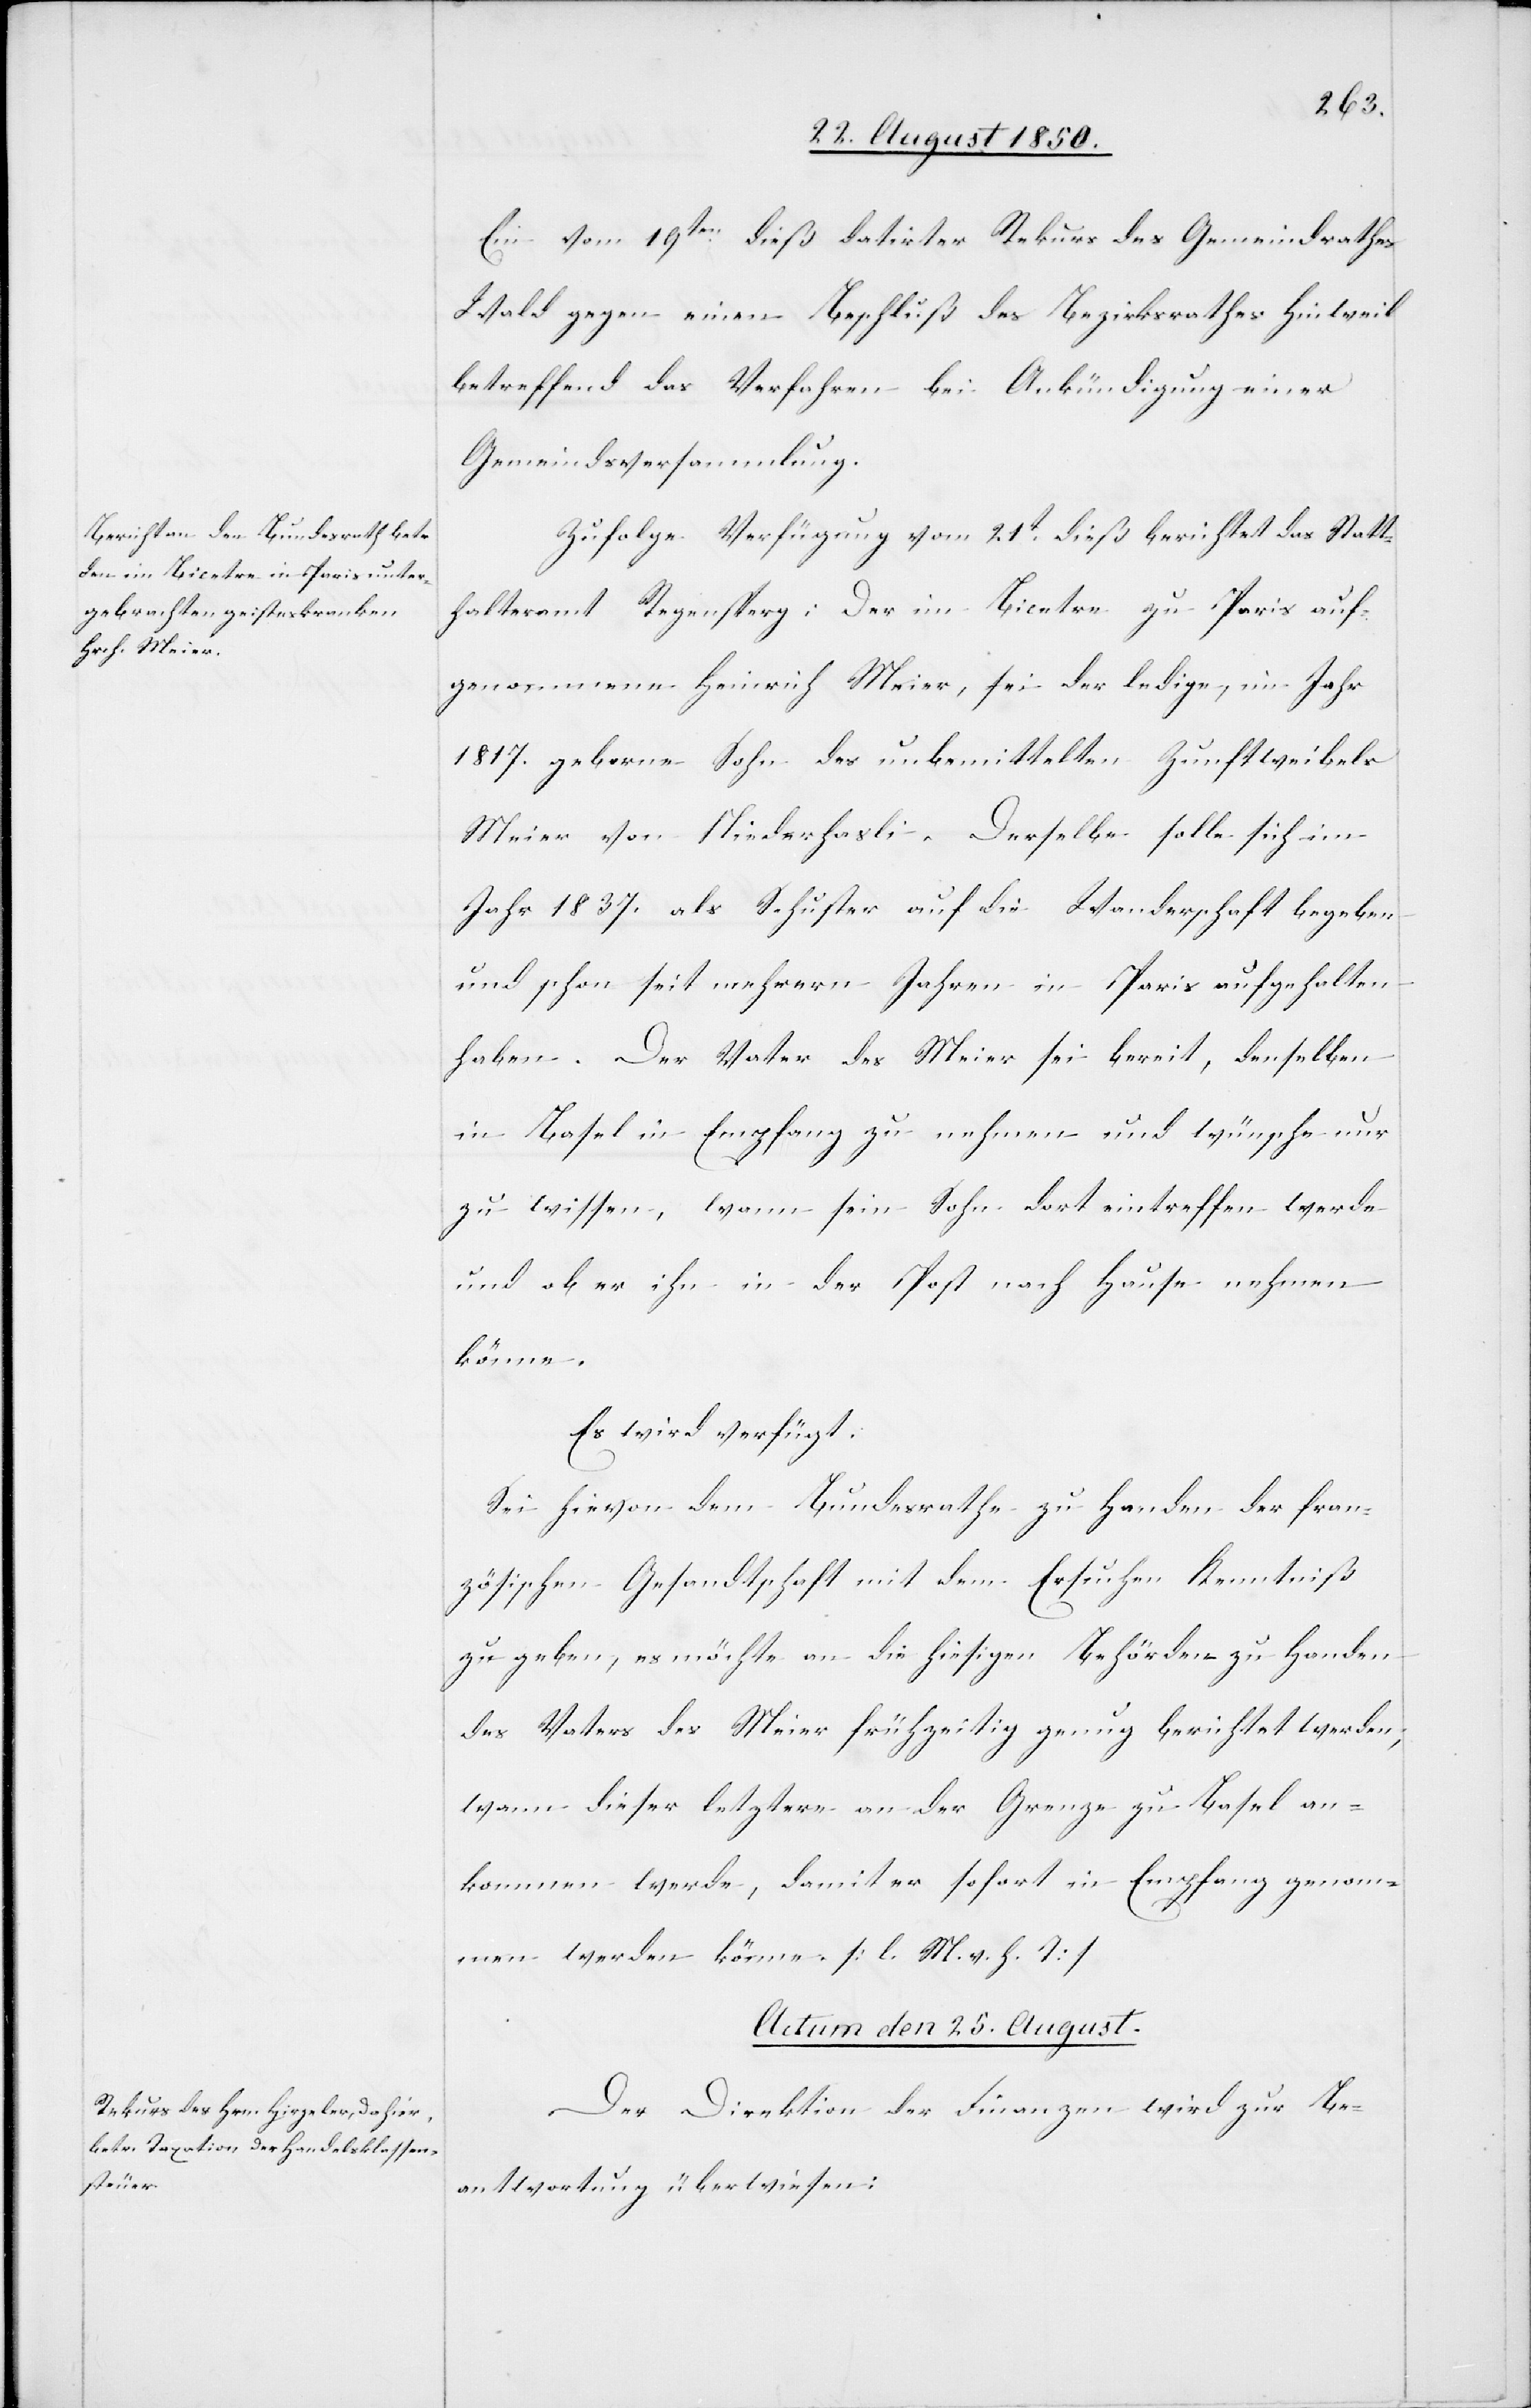
Ein vom 19ten dieß datirter Rekurs des Gemeindrathes
Wald gegen einen Beschluß des Bezirksrathes Hinweil
betreffend das Verfahren bei Ankündigung einer
Gemeindsversammlung.
Zufolge Verfügung vom 21t dieß berichtet das Statt¬
halteramt Regensperg: Der im Bicetre zu Paris auf¬
genommene Heinrich Meier, sei der ledige, im Jahr
1817. geborne Sohn des unbemittelten Zunftweibels
Meier von Niederhasli. Derselbe solle sich im
Jahr 1837. als Schuster auf die Wanderschaft begeben
haben. Der Vater des Meier sei bereit, denselben
in Basel in Empfang zu nehmen und wünsche nur
zu wissen, wann sein Sohn dort eintreffen werde
und ob er ihn in der Post nach Hause nehmen
könne.
Es wird verfügt:
Sei hievon dem Bundesrathe zu Handen der fran¬
zösischen Gesandtschaft mit dem Ersuchen Kenntniß
zu geben, es möchte an die hiesigen Behörden zu Handen
des Vaters des Meier frühzeitig genug berichtet werden,
wann dieser letztere an der Grenze zu Basel an¬
kommen werde, damit er sofort in Empfang genom¬
men werden könne. [l. M. v. h. T]
Actum den 25. August.
Der Direktion der Finanzen wird zur Be¬
antwortung überwiesen: